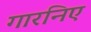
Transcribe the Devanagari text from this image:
गारनिए